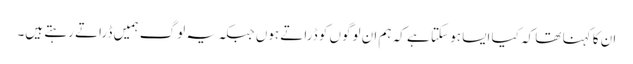
ان کا کہنا تھا کہ کیا ایسا ہو سکتا ہے کہ ہم ان لوگوں کو ڈراتے ہوں جبکہ یہ لوگ ہمیں ڈراتے رہتے ہیں۔